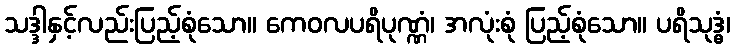
သဒ္ဒါနှင့်လည်းပြည့်စုံသော။ ကေဝလပရိပုဏ္ဏံ၊ အလုံးစုံ ပြည့်စုံသော။ ပရိသုဒ္ဓံ၊